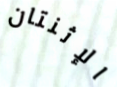
الإثنتان